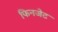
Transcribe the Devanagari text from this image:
फिनजेट